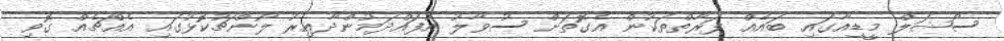
ސޯޝަލް މީޑިއާގައި ބައެއް ފަރާތްތަކުން އެގޮތަށް ސުވާލު އުފައްދަމުންދާއިރު ލޯންޗުކޮޅުގައި އެއްޗެއް ގޮވި